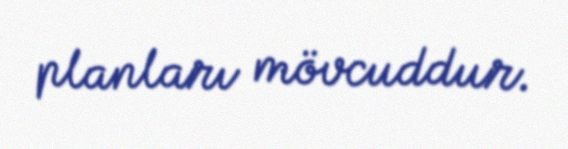
planları mövcuddur.